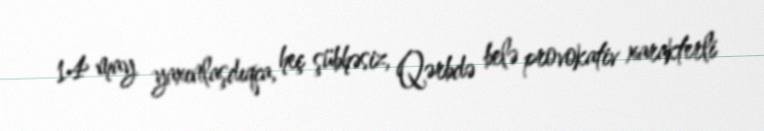
14 may yaxınlaşdıqca, heç şübhəsiz, Qərbdə belə provokativ xarakterli